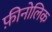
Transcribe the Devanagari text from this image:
फ़ीनोलिक